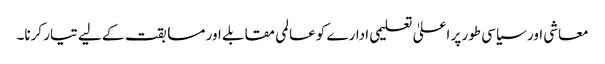
معاشی اور سیاسی طور پر اعلیٰ تعلیمی ادارے کو عالمی مقابلے اور مسابقت کے لیے تیار کرنا۔